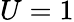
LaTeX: U=1